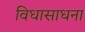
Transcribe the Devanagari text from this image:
विधासाधना